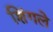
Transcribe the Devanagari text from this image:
शिंगले